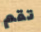
تقم